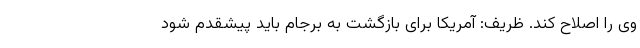
وی را اصلاح کند. ظریف: آمریکا برای بازگشت به برجام باید پیشقدم شود